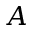
A